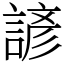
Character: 諺